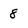
Character: 8